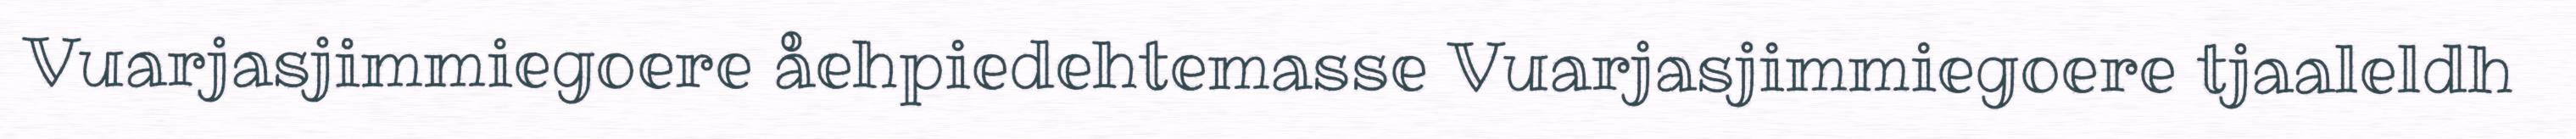
Vuarjasjimmiegoere åehpiedehtemasse Vuarjasjimmiegoere tjaaleldh